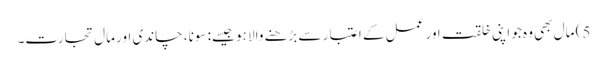
5) مال بھی وہ جو اپنی خلقت اور عمل کے اعتبار سے بڑھنے والا ہو جیسے: سونا، چاندی اور مال تجارت۔